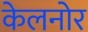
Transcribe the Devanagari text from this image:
केलनोर